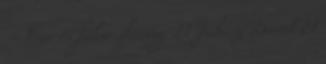
– True és false sharing 21 Juhász Dávid 21